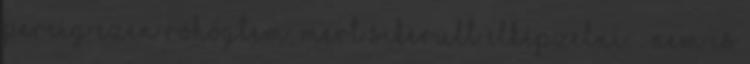
percig ezen röhögtem, mert sikerült elképzelni. : Nem is